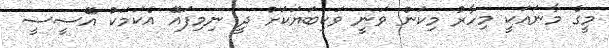
މީގެ މާނައަކީ މިހާރު މިކަން ވަނީ ވަކިބަޔަކަށް ދީ ނިމިފައޭ އެކަމަކު އޭސީސީ